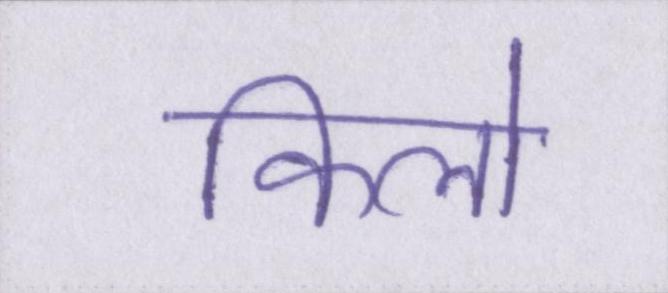
किलो